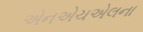
એનએચએલના